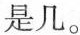
是几。